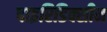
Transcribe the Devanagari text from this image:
पाइरिडिक्सीन